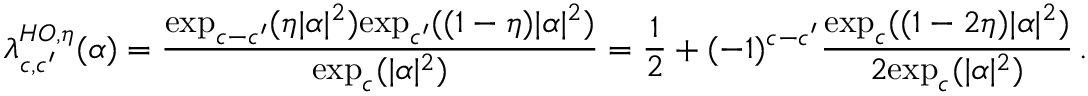
\lambda _ { c , c ^ { \prime } } ^ { H O , \eta } ( \alpha ) = \frac { \mathrm { e x p } _ { c - c ^ { \prime } } ( \eta | \alpha | ^ { 2 } ) \mathrm { e x p } _ { c ^ { \prime } } ( ( 1 - \eta ) | \alpha | ^ { 2 } ) } { \mathrm { e x p } _ { c } ( | \alpha | ^ { 2 } ) } = \frac { 1 } { 2 } + ( - 1 ) ^ { c - c ^ { \prime } } \frac { \mathrm { e x p } _ { c } ( ( 1 - 2 \eta ) | \alpha | ^ { 2 } ) } { 2 \mathrm { e x p } _ { c } ( | \alpha | ^ { 2 } ) } \, .